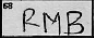
Transcription: RMB